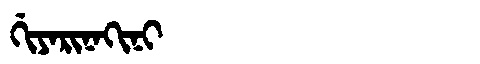
Manchu: ᡤᡳᠶᠠᡵᡳᠨᠠᡴᡳᠨᡳ
Romanization: GIYARINAKINI